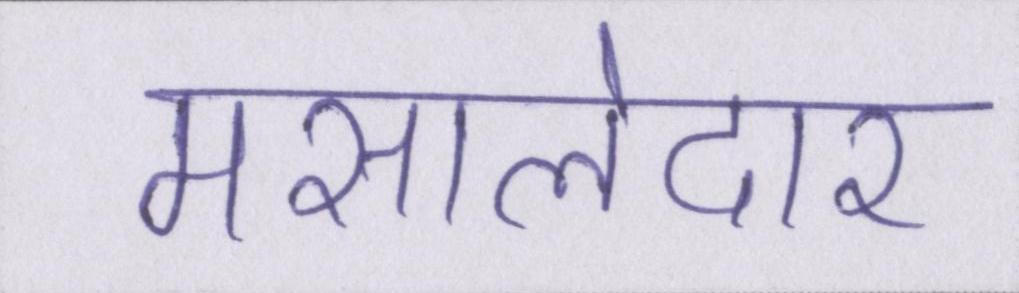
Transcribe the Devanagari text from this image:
मसालेदार